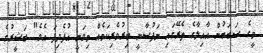
މީގެ ސަބަބުން އާއިލާގެ ތެރޭގައި ނަފުސާނީ ބިރުވެރިކަމެއް މިވަނީ އުފެދިފަ އެވެ" ބަޝީރުގެ